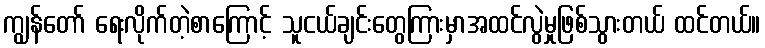
ကျွန်တော် ရေးလိုက်တဲ့စာကြောင့် သူငယ်ချင်းတွေကြားမှာအထင်လွဲမှုဖြစ်သွားတယ် ထင်တယ်။